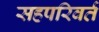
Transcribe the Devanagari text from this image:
सहपरिवर्त